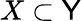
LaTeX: X\subset\mathsf{Y}